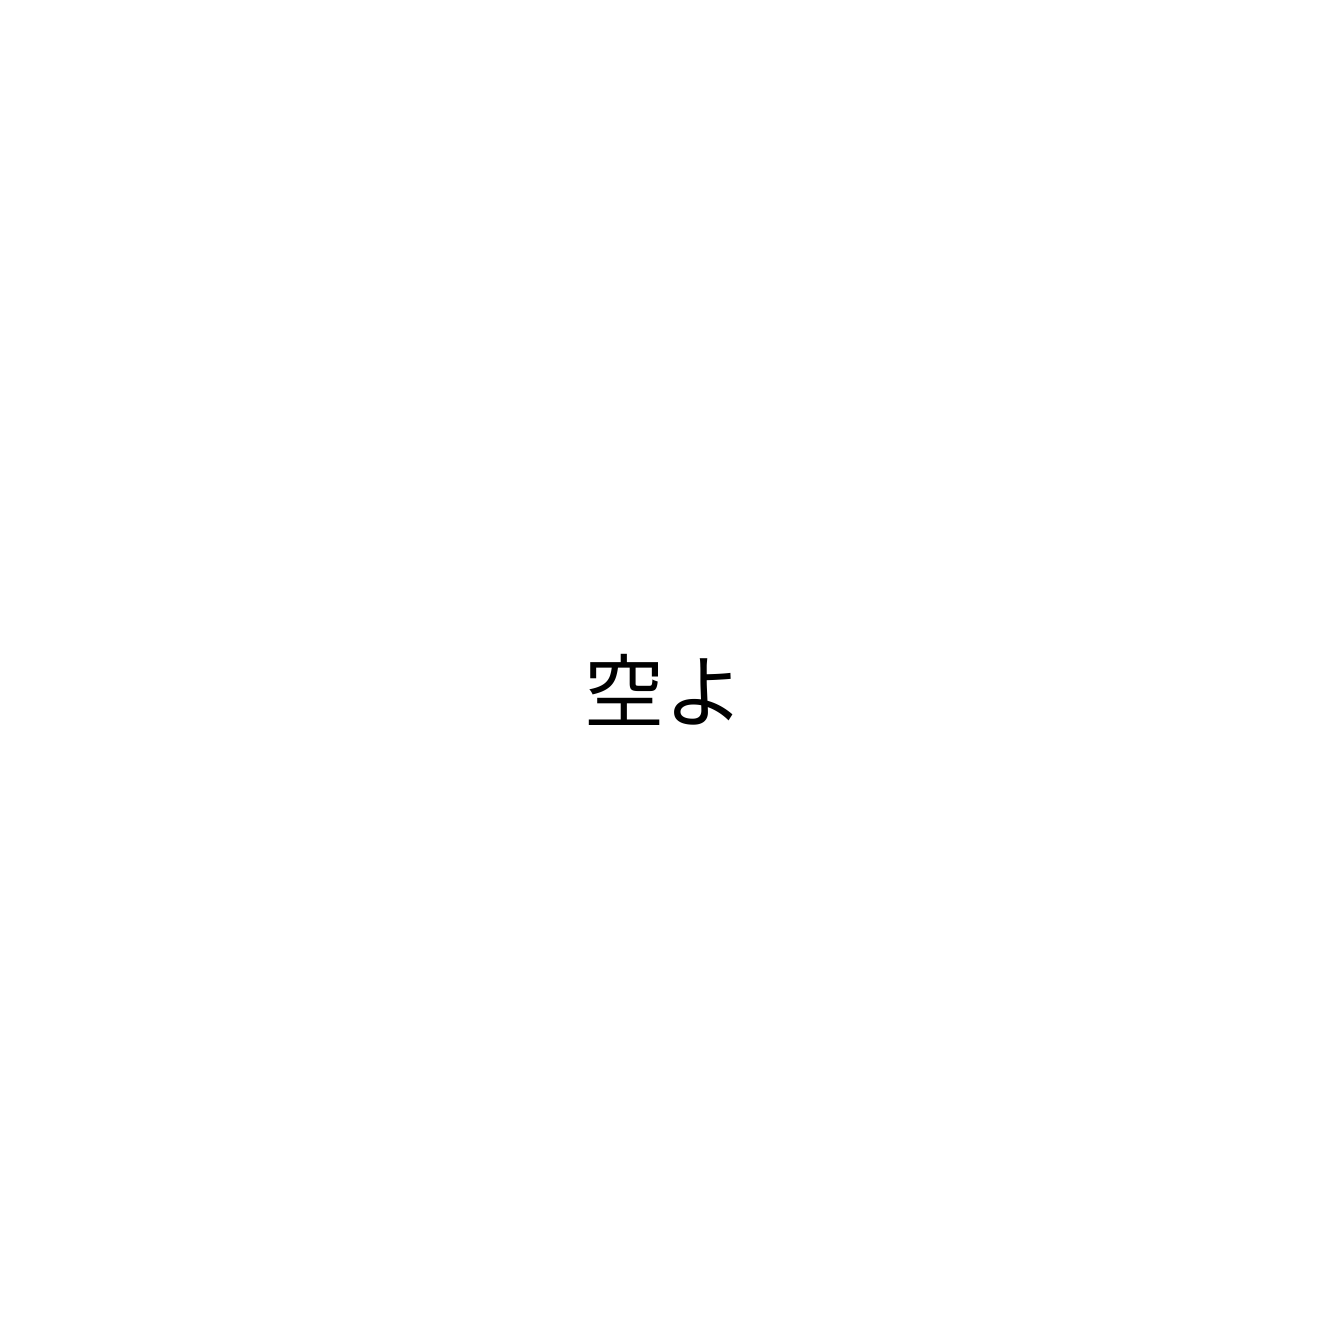
空よ